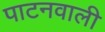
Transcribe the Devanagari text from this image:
पाटनवाली